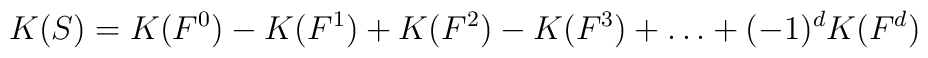
K(S) = K(F^0) - K(F^1) + K(F^2) - K(F^3) +\dots+(-1)^d K( F^d)